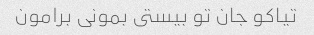
تیاکو جان تو بیستى بمونى برامون